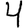
Digit: 4